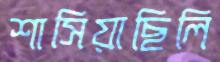
শাসিয়াছিলি